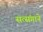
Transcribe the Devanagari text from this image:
सत्संगाने